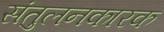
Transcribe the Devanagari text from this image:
संतुलनकारक